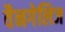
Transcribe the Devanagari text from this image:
वैनगेलिज